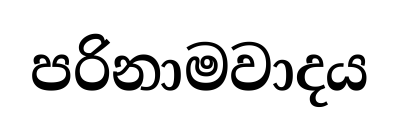
පරිනාමවාදය